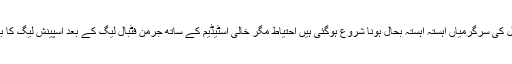
دنیا میں فٹ بال کی سرگرمیاں آہستہ آہستہ بحال ہونا شروع ہوگئی ہیں احتیاط مگر خالی اسٹیڈیم کے ساتھ جرمن فٹبال لیگ کے بعد اسپینش لیگ کا بھی آغاز ہوگیا۔